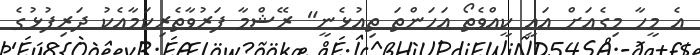
އެ މީހާ މިގެއަށް އައީ ކީއްވެތޯ އަހަންތަ ތިއުޅެނީ" ރޭޝްމާ ފަރުވާތެރިކަމާއެކު ދަރިފުޅުގެ